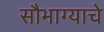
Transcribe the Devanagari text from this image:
सौभाग्याचे